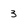
Character: 3